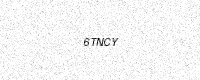
Text: 6TNCY